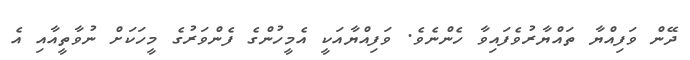
ދޭން ވަފިއްޔާ ތައްޔާރުވެފައިވާ ހެންނެވެ. ވަފިއްޔާއަކީ އެމީހުންގެ ފެންވަރުގެ މީހަކަށް ނުވާތީއާއި އެ